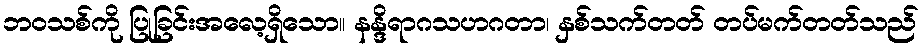
ဘဝသစ်ကို ပြုခြင်းအလေ့ရှိသော။ နန္ဒိရာဂသဟဂတာ၊ နှစ်သက်တတ် တပ်မက်တတ်သည်